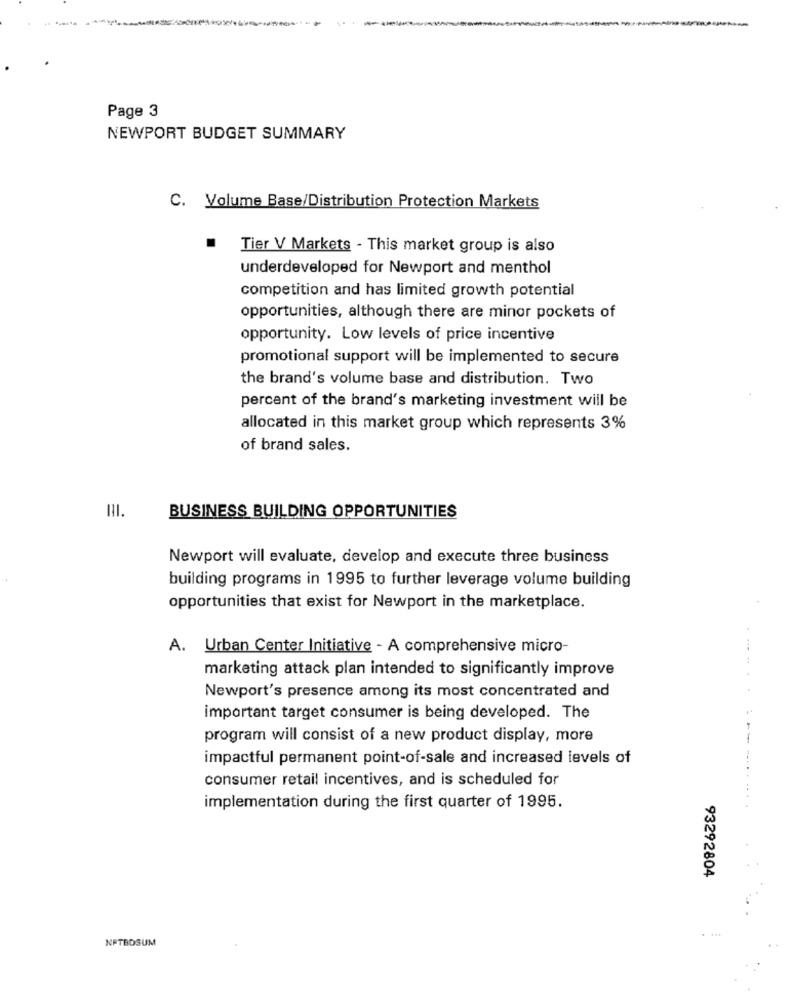
Page 3
NEWPORT BUDGET SUMMARY
C. Volume Base/Distribution Protection Markets
Tier V Markets - This market group is also
underdeveloped for Newport and menthol
competition and has limited growth potential
opportunities, although there are minor pockets of
opportunity. Low levels of price incentive
promotional support will be implemented to secure
the brand's volume base and distribution. Two
percent of the brand's marketing investment will be
allocated in this market group which represents 3%
of brand sales.
III.
BUSINESS BUILDING OPPORTUNITIES
Newport will evaluate, develop and execute three business
building programs in 1995 to further leverage volume building
opportunities that exist for Newport in the marketplace.
A.
Urban Center Initiative - A comprehensive micro-
marketing attack plan intended to significantly improve
Newport's presence among its most concentrated and
important target consumer is being developed. The
program will consist of a new product display, more
impactful permanent point-of-sale and increased levels of
consumer retail incentives, and is scheduled for
implementation during the first quarter of 1995.
93292804
. ...
NETBOSUM